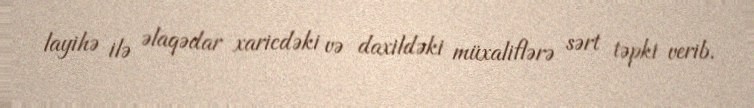
layihə ilə əlaqədar xaricdəki və daxildəki müxaliflərə sərt təpki verib.